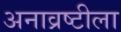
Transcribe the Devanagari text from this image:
अनाव्रष्टीला